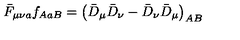
\bar { F } _ { \mu \nu a } f _ { A a B } = \left( \bar { D } _ { \mu } \bar { D } _ { \nu } - \bar { D } _ { \nu } \bar { D } _ { \mu } \right) _ { A B }